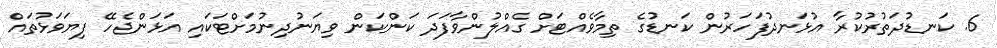
6. ކަނޑުދަތުރުކުރާ އުޅަނދުފަހަރުން ކަނޑުގެ ތިމާވެއްޓަށް ގެއްލުންވާފަދަ ކަންކަން ވިޔަނުދިނުމަށްޓަކައި އަޅަންޖެހޭ ފިޔަވަޅުތައް